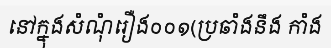
នៅក្នុងសំណុំរឿង០០១(ប្រឆាំងនឹង កាំង